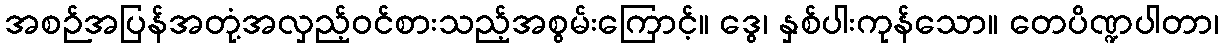
အစဉ်အပြန်အတုံ့အလှည့်ဝင်စားသည့်အစွမ်းကြောင့်။ ဒွေ၊ နှစ်ပါးကုန်သော။ တေပိဏ္ဍပါတာ၊